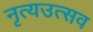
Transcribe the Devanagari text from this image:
नृत्यउत्सव